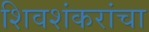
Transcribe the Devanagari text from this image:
शिवशंकरांचा